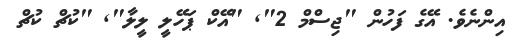
އިންނެވެ. އޭގެ ފަހުން "ޖިސްމް 2"